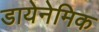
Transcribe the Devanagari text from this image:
डायेनेमिक